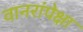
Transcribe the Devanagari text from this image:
वानरांपेक्षा